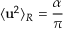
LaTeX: \langle { { \bf { u } } ^ { 2 } } \rangle _ { R } = \frac { \alpha } { \pi }